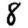
Digit: 8